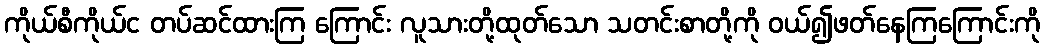
ကိုယ်စီကိုယ်င တပ်ဆင်ထားကြ ကြောင်း လူသားတို့ထုတ်သော သတင်းစာတို့ကို ဝယ်၍ဖတ်နေကြကြောင်းကို